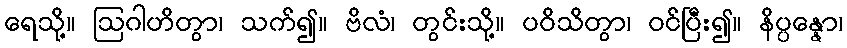
ရေသို့။ ဩဂါဟိတွာ၊ သက်၍။ ဗိလံ၊ တွင်းသို့။ ပဝိသိတွာ၊ ဝင်ပြီး၍။ နိပ္ပန္နော၊